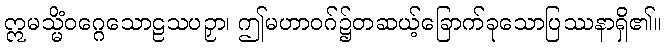
ဣမသ္မိံဝဂ္ဂေသောဠသပဉှာ၊ ဤမဟာဝဂ်၌တဆယ့်ခြောက်ခုသောပြဿနာရှိ၏။